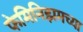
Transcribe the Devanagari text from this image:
फेमिनिझमच्या